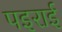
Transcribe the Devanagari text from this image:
पइराई